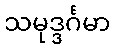
သမုဒ္ဒင်္ဂမာ